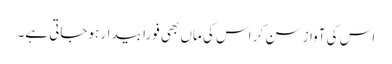
اس کی آواز سن کر اس کی ماں بھی فوراً بیدار ہوجاتی ہے۔